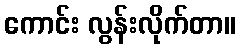
ကောင်း လွန်းလိုက်တာ။